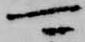
可